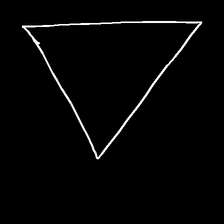
Glyph: convergence